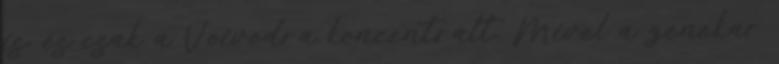
is, és csak a Voivodra koncentrált. Mivel a zenekar